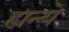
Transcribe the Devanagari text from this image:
ह्यन्ये